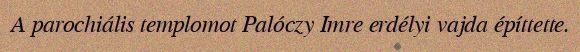
A parochiális templomot Palóczy Imre erdélyi vajda építtette.